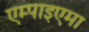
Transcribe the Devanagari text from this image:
एम्पाइएमा